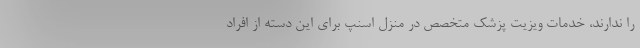
را ندارند، خدمات ویزیت پزشک متخصص در منزل اسنپ برای این دسته از افراد